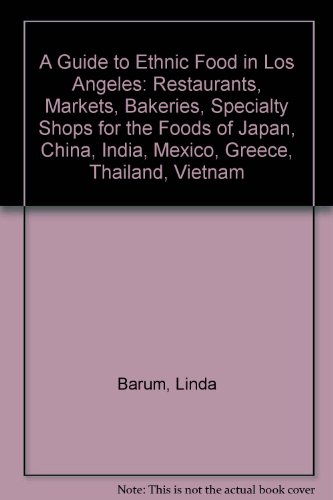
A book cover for A Guide to Ethnic Food in Los Angeles: Restaurants, Markets, Bakeries, Specialty Shops for the Food of Cambodia, China, Ethiopia, Greece, Guatemala,; Linda Burum; Travel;